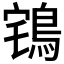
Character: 𪀥